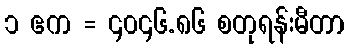
၁ ဧက = ၄၀၄၆.၈၆ စတုရန်းမီတာ